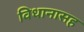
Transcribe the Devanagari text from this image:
विधानासह